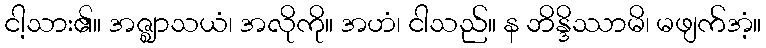
ငါ့သား၏။ အဇ္ဈာသယံ၊ အလိုကို။ အဟံ၊ ငါသည်။ န ဘိန္ဒိဿာမိ၊ မဖျက်အံ့။